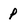
Character: p